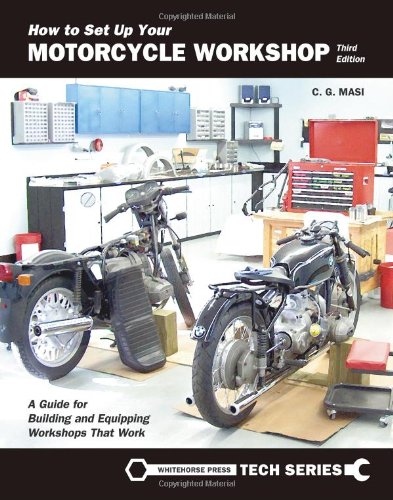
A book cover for How to Set Up Your Motorcycle Workshop: Tips and Tricks for Building and Equipping Your Dream Workshop (Whitehorse Tech); C G Masi; Engineering & Transportation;